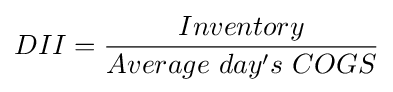
DII={\dfrac {Inventory}{Average~day's~COGS}}